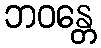
ဘဝန္တေ